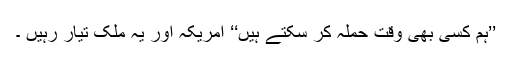
’’ہم کسی بھی وقت حملہ کر سکتے ہیں‘‘ امریکہ اور یہ ملک تیار رہیں ۔